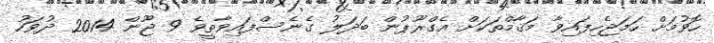
ހޮވުމަށް ހަމަޖެހިފައިވާ މަޤާމްތަކަށް އެގްރޫޕުން ބަދަލު ގެނެސްފައިވާތީވެ 9 ޖޫން 2014 ދުވަހު